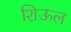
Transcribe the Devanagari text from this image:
शिऊल